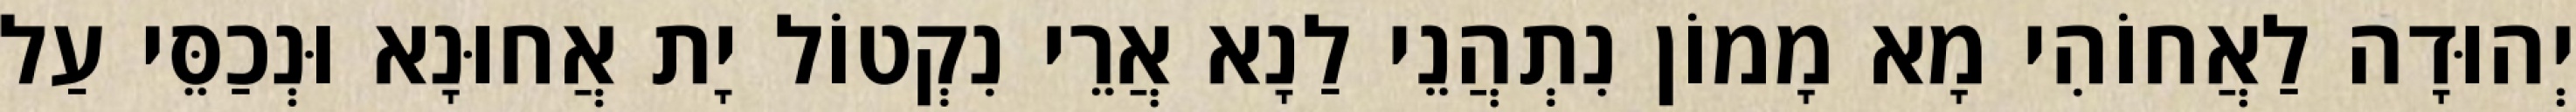
יְהוּדָה לַאֲחוֹהִי מָא מָמוֹן נִתְהֲנֵי לַנָא אֲרֵי נִקְטוֹל יָת אֲחוּנָא וּנְכַסֵּי עַל